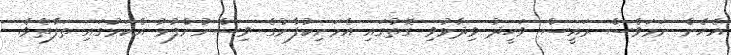
އެހެން ނަމަވެސް ރައީސް ވަހީދު ވިދާޅުވި ގޮތުގައި އެމަނިކުފާނުގެ ވިސްނުންފުޅު އެކަމުގައި ތަފާތެވެ.